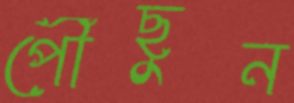
পৌঁছুন